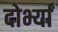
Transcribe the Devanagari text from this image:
दोर्भ्यां